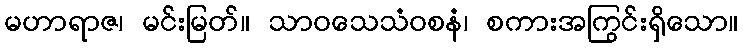
မဟာရာဇ၊ မင်းမြတ်။ သာဝသေသံဝစနံ၊ စကားအကြွင်းရှိသော။